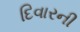
દિવારની